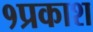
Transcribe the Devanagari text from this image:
१प्रकाश